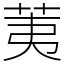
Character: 荑